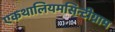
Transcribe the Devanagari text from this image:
एकथालियमसिन्टीग्राम